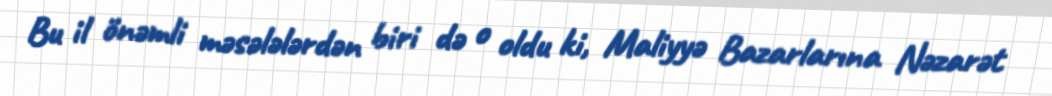
Bu il önəmli məsələlərdən biri də o oldu ki, Maliyyə Bazarlarına Nəzarət